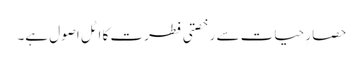
حصارِ حیات سے رخصتی فطرت کا اٹل اصول ہے۔